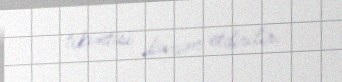
tikintisi davam etdirilir.